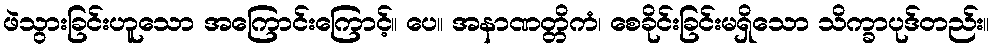
ဖဲသွားခြင်းဟူသော အကြောင်းကြောင့်။ ပေ။ အနာဏတ္တိကံ၊ စေခိုင်းခြင်းမရှိသော သိက္ခာပုဒ်တည်း။